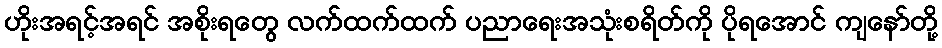
ဟိုးအရင့်အရင် အစိုးရတွေ လက်ထက်ထက် ပညာရေးအသုံးစရိတ်ကို ပိုရအောင် ကျနော်တို့